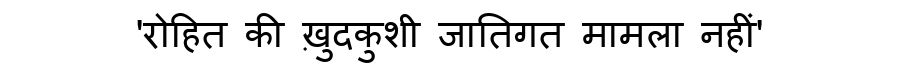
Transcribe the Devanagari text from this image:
'रोहित की ख़ुदकुशी जातिगत मामला नहीं'